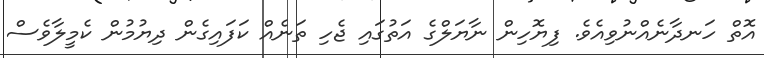
އޮތް ހަނދާނެއްނުވިއެވެ. ފިޔޮހިން ނާޔަލްގެ އަތުގައި ޖެހި ތަނެއް ކަފައިގެން ދިޔުމުން ކެމީލާވެސް